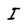
Character: I